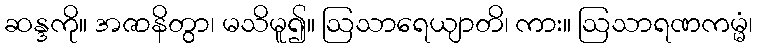
ဆန္ဒကို။ အဇာနိတွာ၊ မသိမူ၍။ ဩသာရေယျာတိ၊ ကား။ ဩသာရဏကမ္မံ၊